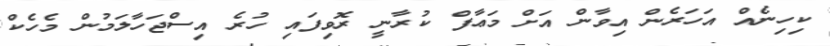
ކިހިނެއް އަހަރެން އިވާން އަށް މަޢާފް ކުރާނީ ރޮވިފައި ހުރެ އިސްޖަހާލަމުން މެހެކް